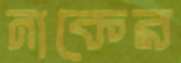
নাকের